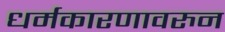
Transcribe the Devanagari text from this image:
धर्मकारणावरुन